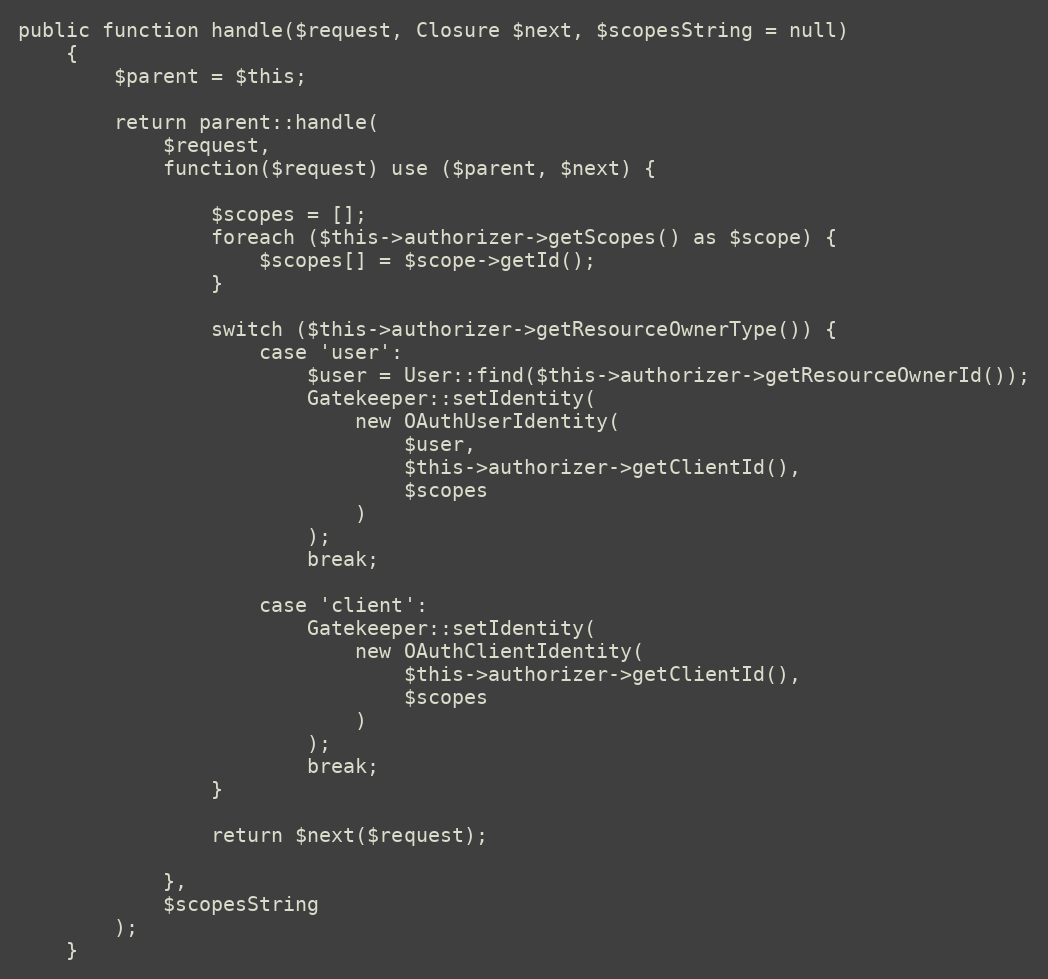
Language: PHP
public function handle($request, Closure $next, $scopesString = null)
    {
        $parent = $this;

        return parent::handle(
            $request,
            function($request) use ($parent, $next) {

                $scopes = [];
                foreach ($this->authorizer->getScopes() as $scope) {
                    $scopes[] = $scope->getId();
                }

                switch ($this->authorizer->getResourceOwnerType()) {
                    case 'user':
                        $user = User::find($this->authorizer->getResourceOwnerId());
                        Gatekeeper::setIdentity(
                            new OAuthUserIdentity(
                                $user,
                                $this->authorizer->getClientId(),
                                $scopes
                            )
                        );
                        break;

                    case 'client':
                        Gatekeeper::setIdentity(
                            new OAuthClientIdentity(
                                $this->authorizer->getClientId(),
                                $scopes
                            )
                        );
                        break;
                }

                return $next($request);

            },
            $scopesString
        );
    }